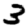
Digit: 3